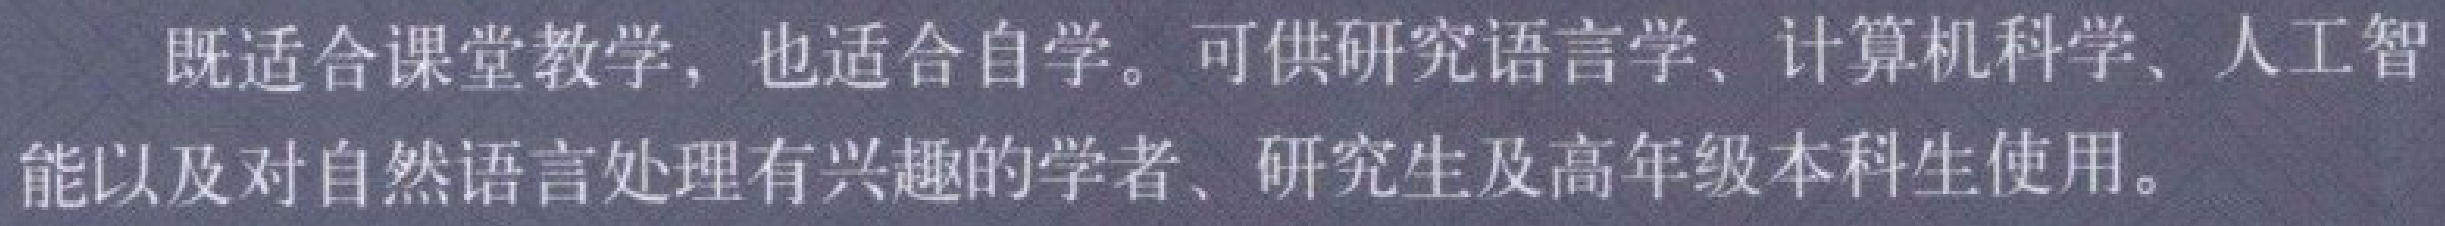
既适合课堂教学，也适合自学。可供研究语言学、计算机科学、人工智能以及对自然语言处理有兴趣的学者、研究生及高年级本科生使用。